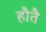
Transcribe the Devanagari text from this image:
हौतै